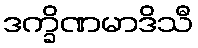
ဒက္ခိဏမာဒိသီ